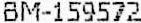
BM-159572